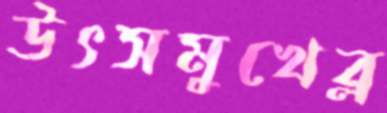
উৎসমুখেব্ল